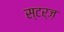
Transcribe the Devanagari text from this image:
स्टर्ज़